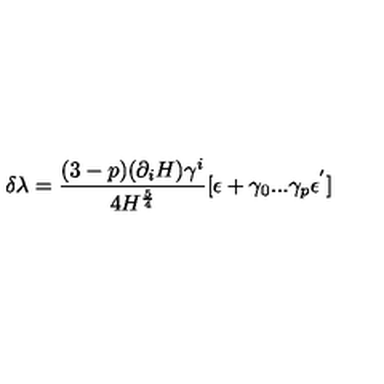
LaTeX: \delta \lambda = { \frac { ( 3 - p ) ( \partial _ { i } H ) \gamma ^ { i } } { 4 H ^ { \frac { 5 } { 4 } } } } [ \epsilon + \gamma _ { 0 } . . . \gamma _ { p } \epsilon ^ { ' } ]